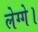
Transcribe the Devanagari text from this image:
लेग्गे।